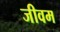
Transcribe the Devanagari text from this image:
जीवम